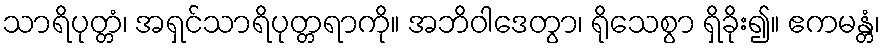
သာရိပုတ္တံ၊ အရှင်သာရိပုတ္တရာကို။ အဘိဝါဒေတွာ၊ ရိုသေစွာ ရှိခိုး၍။ ဧကမန္တံ၊